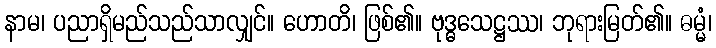
နာမ၊ ပညာရှိမည်သည်သာလျှင်။ ဟောတိ၊ ဖြစ်၏။ ဗုဒ္ဓသေဋ္ဌဿ၊ ဘုရားမြတ်၏။ ဓမ္မံ၊